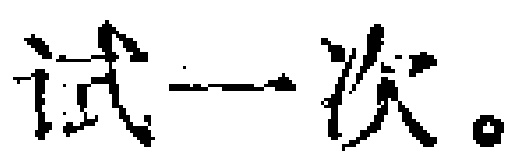
试一次。